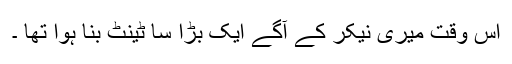
اس وقت میری نیکر کے آگے ایک بڑا سا ٹینٹ بنا ہوا تھا ۔